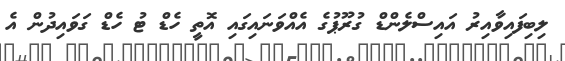
ލިބިފައިވާއިރު އައިސްލެންޑް ގުރޫޕުގެ އެއްވަނައިގައި އޮތީ ހެޑް ޓު ހެޑް ގަވައިދުން އެ